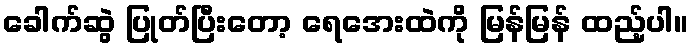
ခေါက်ဆွဲ ပြုတ်ပြီးတော့ ရေအေးထဲကို မြန်မြန် ထည့်ပါ။